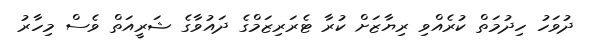
ދުވަހު ހިދުމަތް ކުރެއްވި ރިޔާޒަށް ކުރާ ޓެރަރިޒަމްގެ ދައުވާގެ ޝަރީއަތް ވެސް މިހާރު